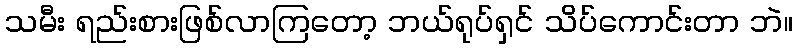
သမီး ရည်းစားဖြစ်လာကြတော့ ဘယ်ရုပ်ရှင် သိပ်ကောင်းတာ ဘဲ။